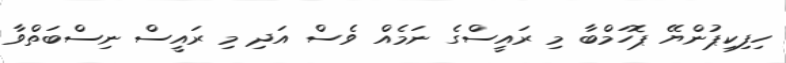
ހިފިކިޕުންޔޭ ޕޮހަމްބާ މި ރައީސްގެ ނަމެއް ވެސް އަދި މި ރައީސް ނިސްބަތްވާ